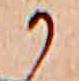
か